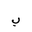
Letter: _ba